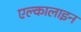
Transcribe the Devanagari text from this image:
एल्कालाइन